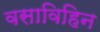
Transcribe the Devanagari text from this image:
वसाविहिन